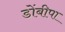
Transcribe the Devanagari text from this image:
डोंबीपा